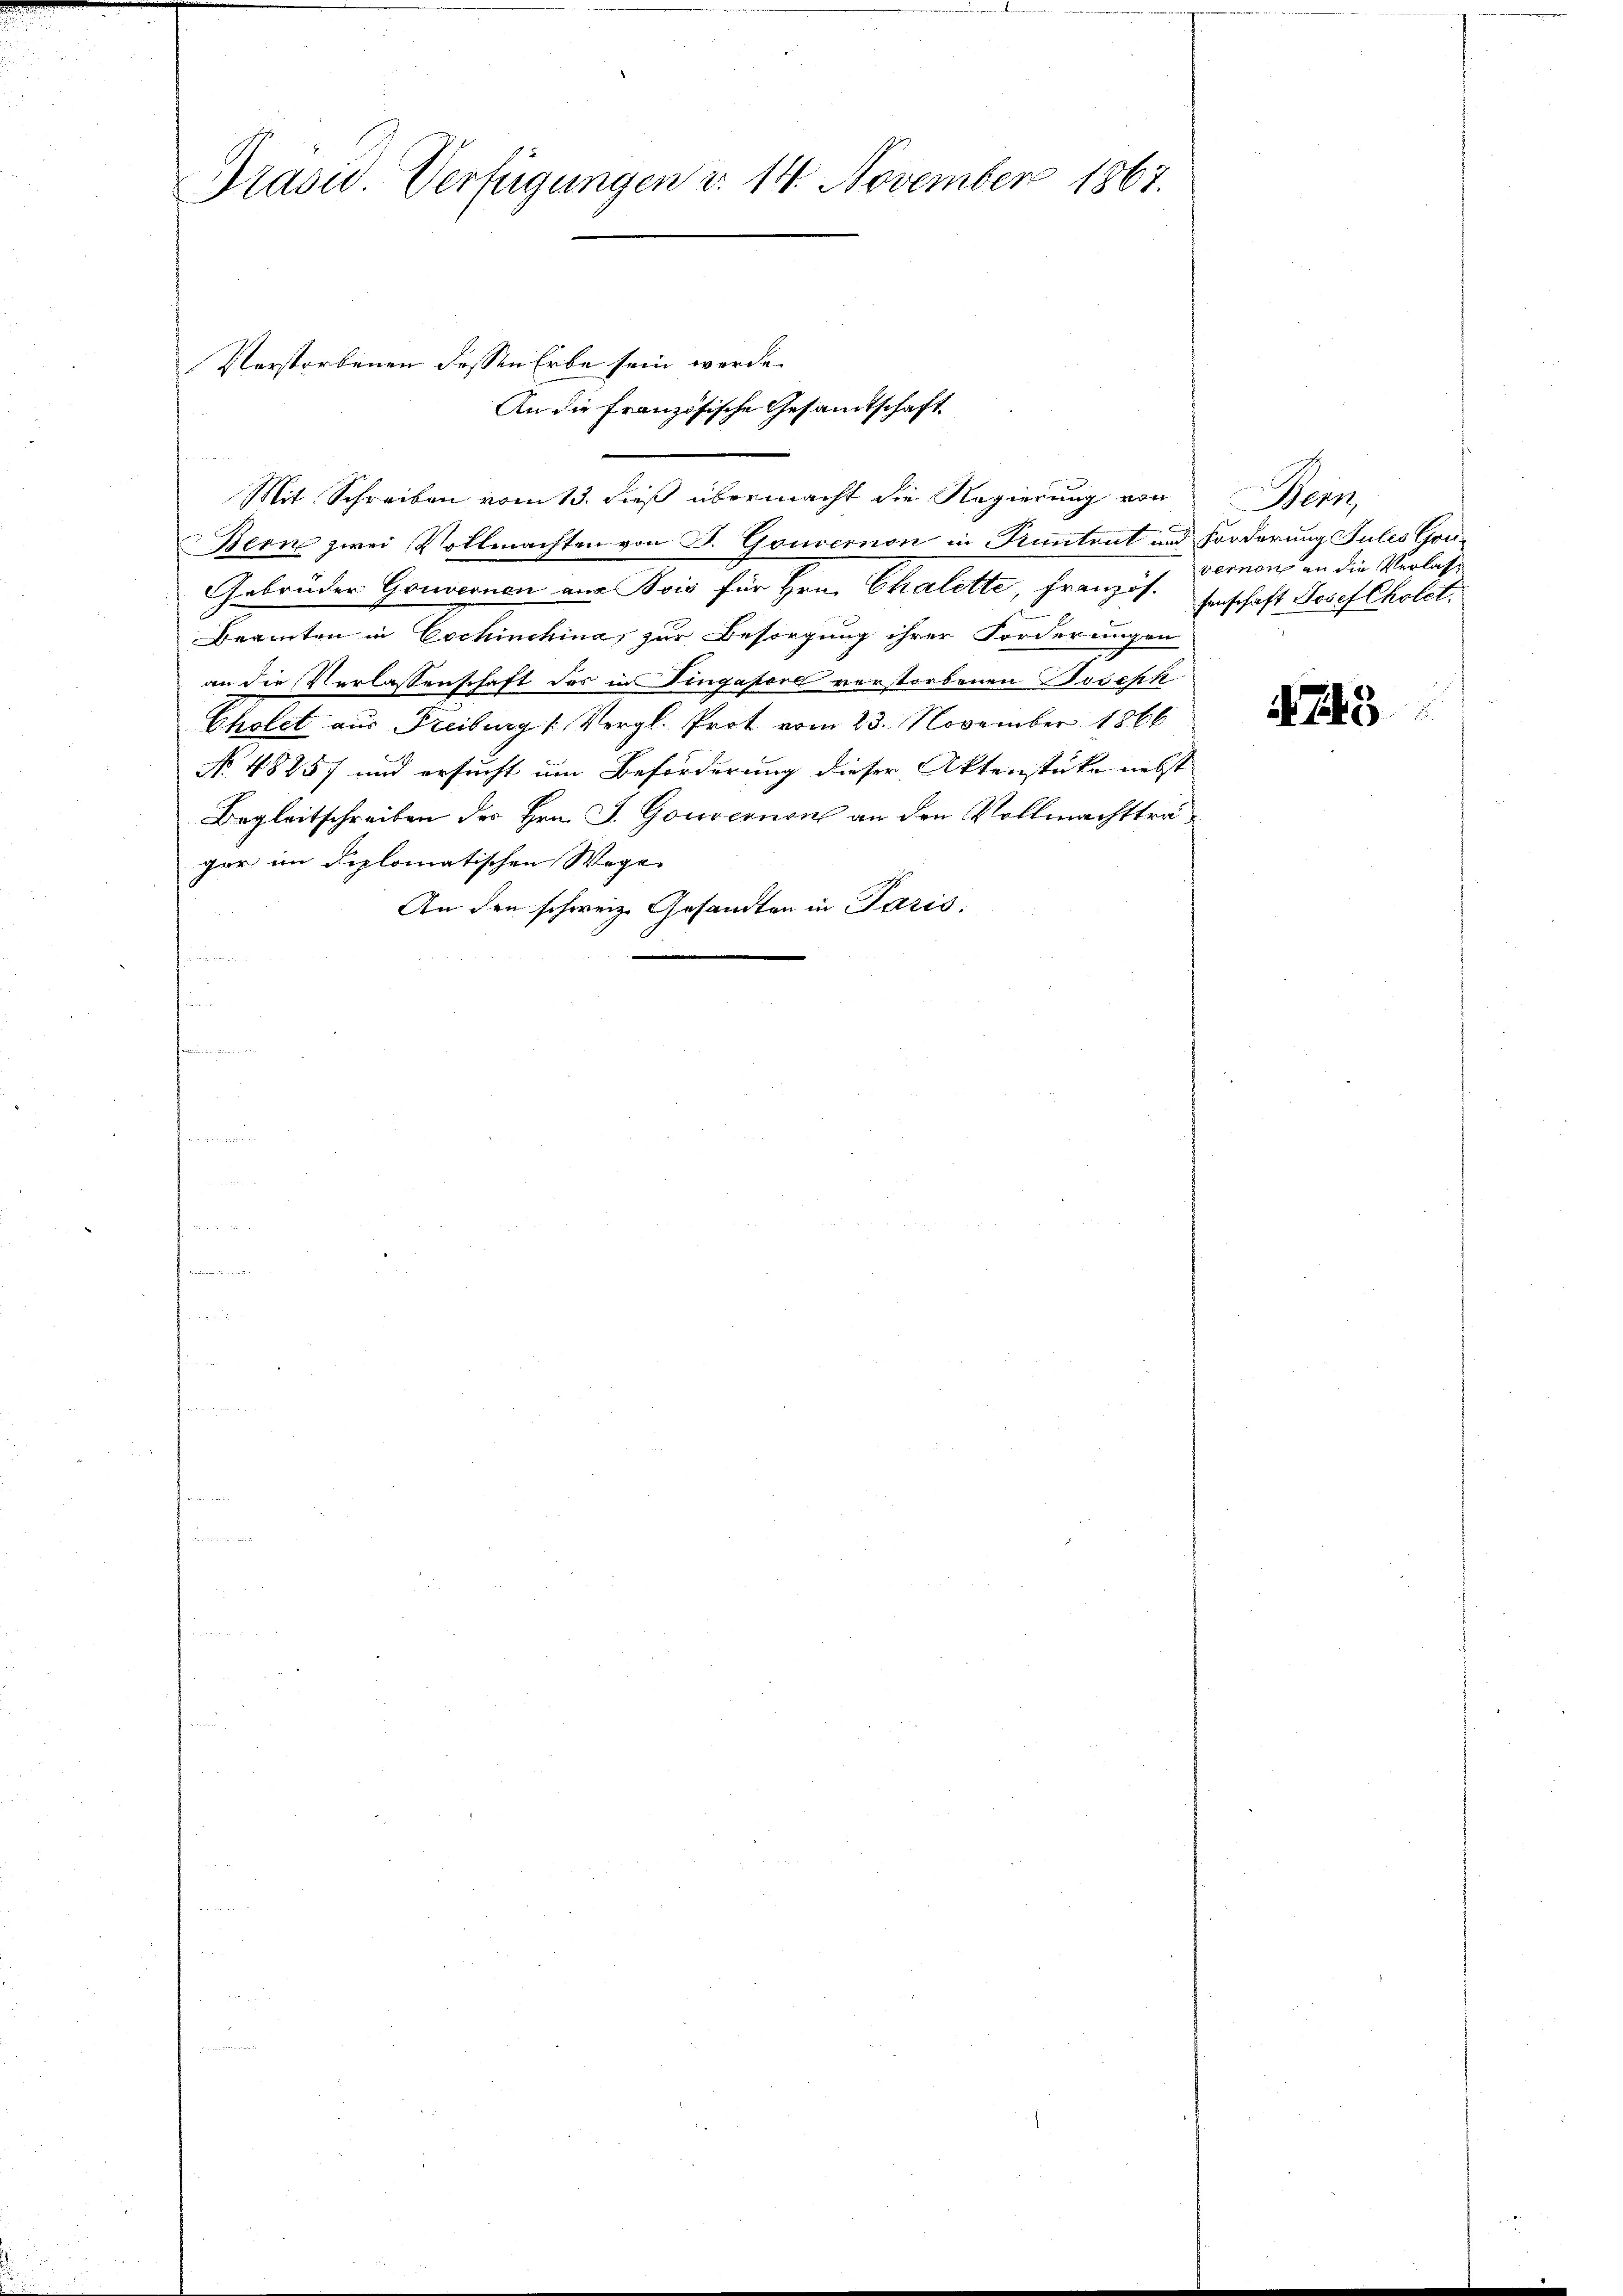
Präsid. Verfügungen d. 14. November 1867.

An die Französische Gesandtschaft
Mit Schreiben vom 13. dieß übermacht die Regierung von
Bern zwei Vollmachten von P. Gouvernon in Rentent und Forderung Julis Gou-
Gebrüder Gouvernen aus Bois für Hrn. Chalette, Französ.
Beamten in Eschinchines zur Besorgung ihrer Forderungen
an die Verlassenschaft des in Dingapore verstorbenen Joseph
Cholet aus Freiburg (Vergl. Prot vom 23. November 1866
No 48857 und ersucht um Beförderung dieser Aktenstücke nebst
Begleitschreiben des Hrn. J. Gouvernon an den Vollmachtträger im Diplomatischen Wege- |
An den schweiz. Gesandten in Paris,
u

Verstorbenen dessen Erbe sein werde.

Wern
vernen an die Verlasse
senschaft Josef Cholet.

745

u